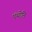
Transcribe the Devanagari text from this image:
एंथोनि